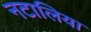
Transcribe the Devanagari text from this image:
नटालिया